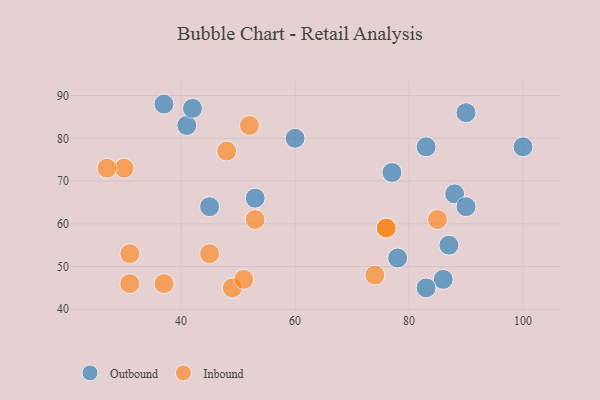
{"axis": {"x": "GDP", "y": "Life Expectancy"}, "legend": ["Inbound", "Outbound"], "data": [{"x": "45", "y": 64, "type": "Outbound"}, {"x": "37", "y": 88, "type": "Outbound"}, {"x": "41", "y": 83, "type": "Outbound"}, {"x": "100", "y": 78, "type": "Outbound"}, {"x": "86", "y": 47, "type": "Outbound"}, {"x": "60", "y": 80, "type": "Outbound"}, {"x": "88", "y": 67, "type": "Outbound"}, {"x": "83", "y": 78, "type": "Outbound"}, {"x": "77", "y": 72, "type": "Outbound"}, {"x": "53", "y": 66, "type": "Outbound"}, {"x": "87", "y": 55, "type": "Outbound"}, {"x": "90", "y": 86, "type": "Outbound"}, {"x": "90", "y": 64, "type": "Outbound"}, {"x": "42", "y": 87, "type": "Outbound"}, {"x": "83", "y": 45, "type": "Outbound"}, {"x": "78", "y": 52, "type": "Outbound"}, {"x": "45", "y": 53, "type": "Inbound"}, {"x": "76", "y": 59, "type": "Inbound"}, {"x": "52", "y": 83, "type": "Inbound"}, {"x": "30", "y": 73, "type": "Inbound"}, {"x": "48", "y": 77, "type": "Inbound"}, {"x": "49", "y": 45, "type": "Inbound"}, {"x": "51", "y": 47, "type": "Inbound"}, {"x": "27", "y": 73, "type": "Inbound"}, {"x": "37", "y": 46, "type": "Inbound"}, {"x": "76", "y": 59, "type": "Inbound"}, {"x": "53", "y": 61, "type": "Inbound"}, {"x": "31", "y": 46, "type": "Inbound"}, {"x": "31", "y": 53, "type": "Inbound"}, {"x": "74", "y": 48, "type": "Inbound"}, {"x": "85", "y": 61, "type": "Inbound"}]}